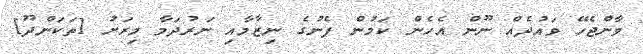
ވާންޖެހޭ ވައުދެއް ނޫން އެހެން ކަމުން ފެނުގެ ނިޒާމާއި ނަރުދަމާ މިރަށު [ތަކަންދޫ]